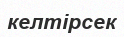
келтірсек